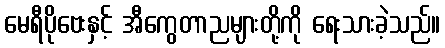
မေရီပိုဗေးနှင့် အီကွေတာညများတို့ကို ရေးသားခဲ့သည်။